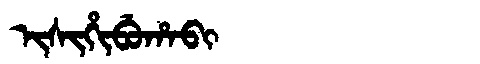
Manchu: ᡳᠰᡳᡥᡳᠪᡠᡥᠠᠪᡳ
Romanization: ISIHIBUHABI